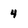
Character: 4